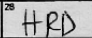
Transcription: HRD